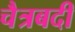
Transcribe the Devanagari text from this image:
चैत्रबदी